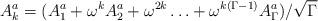
LaTeX: \begin{align*}A^a_k=(A^a_1+\omega^k A^a_2+\omega^{2 k}\ldots+ \omega^{k(\Gamma-1)} A^a_{\Gamma})/\sqrt{\Gamma}\end{align*}